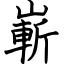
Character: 嶄